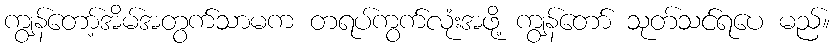
ကျွန်တော့်အိမ်အတွက်သာမက တရပ်ကွက်လုံးအဖို့ ကျွန်တော် သုတ်သင်ရပေ မည်။